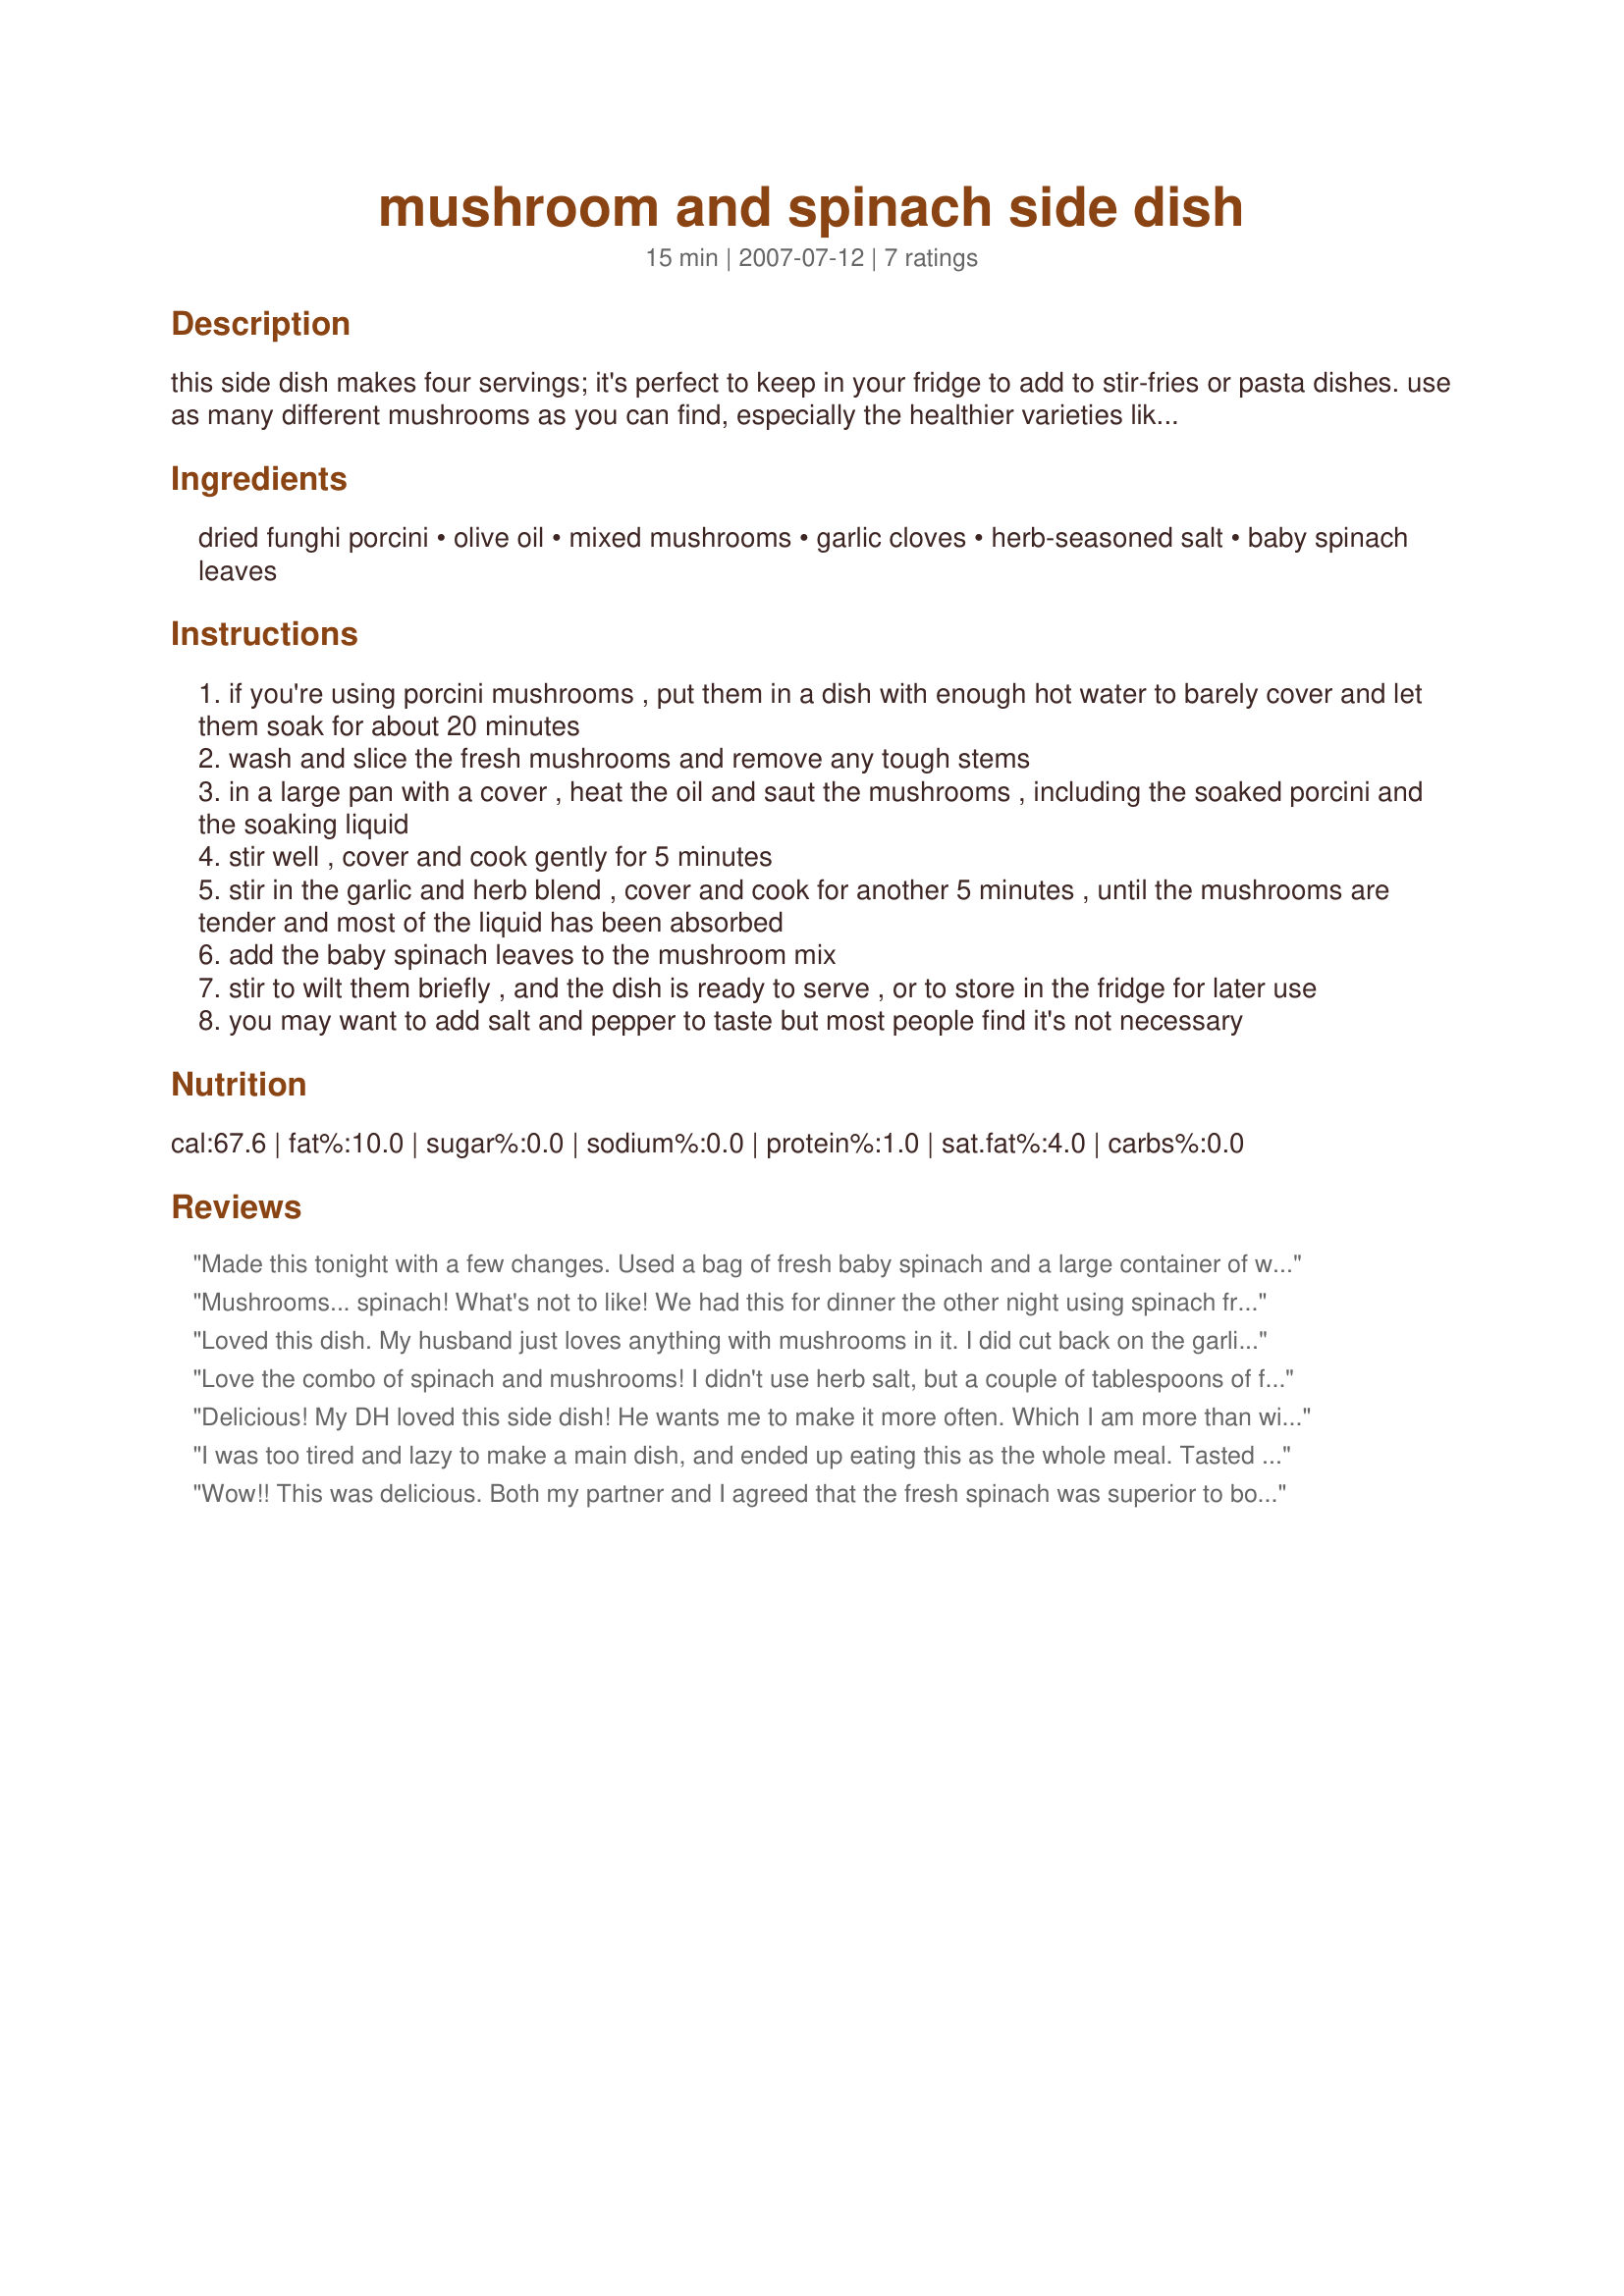
mushroom and spinach side dish
Preparation time: 15 minutes

this side dish makes four servings; it's perfect to keep in your fridge to add to stir-fries or pasta dishes. use as many different mushrooms as you can find, especially the healthier varieties like shiitake, enoki and oyster mushrooms. the dried porcini or cepes really add a lot of flavor. you'll find them in little packages near the produce stands. this recipe was a dr weils recipe of the day !

Ingredients:
dried funghi porcini, olive oil, mixed mushrooms, garlic cloves, herb-seasoned salt, baby spinach leaves

Steps:
if you're using porcini mushrooms , put them in a dish with enough hot water to barely cover and let them soak for about 20 minutes
wash and slice the fresh mushrooms and remove any tough stems
in a large pan with a cover , heat the oil and saut the mushrooms , including the soaked porcini and the soaking liquid
stir well , cover and cook gently for 5 minutes
stir in the garlic and herb blend , cover and cook for another 5 minutes , until the mushrooms are tender and most of the liquid has been absorbed
add the baby spinach leaves to the mushroom mix
stir to wilt them briefly , and the dish is ready to serve , or to store in the fridge for later use
you may want to add salt and pepper to taste but most people find it's not necessary

Reviews:
Made this tonight with a few changes. Used a bag of fresh baby spinach and a large container of white mushrooms, didn't check amounts because I needed to use these things up. Doubled the garlic, as we do in just about every recipe, because we are all garlic lovers in this house. Turned out great. DD gave it a 3 star but it was expected, it is spinach after all. But we didn't need to fight w/her to eat it and that says a lot. Thanks for a wonderful side to our meal.
Mushrooms... spinach! What's not to like! We had this for dinner the other night using spinach from our garden. We will definitely fix this again. Thank you so much for a tasty recipe! I just happened to have dried Porcini on hand, and olive oil and garlic keep use happy and healthy. It was wonderful. Thank you. We will make this again. Made for Spring 2008 PAC.
Loved this dish. My husband just loves anything with mushrooms in it. I did cut back on the garlic as he was heading into work. My local supermarket didn't have dried porcini, so I used chantrelles. Came together very quickly and is one of those perfect side dishes. :)
Love the combo of spinach and mushrooms! I didn't use herb salt, but a couple of tablespoons of fresh cilantro and sliced green onions-yum!
Delicious! My DH loved this side dish! He wants me to make it more often. Which I am more than willing to as long as I have the garlic and mushrooms on hand!! This is very easy to prepare. A wonderful side dish we had we our sunday ham. Thanks for posting this recipe!
I was too tired and lazy to make a main dish, and ended up eating this as the whole meal. Tasted yummy. (Wouldn't recommend making it the whole meal to anyone though--it sat kinda heavy as the only thing in my stomach.) I didn't have herb-seasoned salt on hand, so I used ~1/4+ t salt and 3/4 t of an herb blend that was in the cupboard. Next time I have mushroom-lovers over for dinner, I'll probably make this as part of the meal.
Wow!! This was delicious. Both my partner and I agreed that the fresh spinach was superior to both canned and frozen spinach. Wonderful, healthy side dish that only made two servings for the two of us (yea, we liked it that much). Served with balsamic vinegar on the side (which also helps with absorption of the iron in the spinach). Also used McCormich Grill Seasoning for the herb salt.

Thanks!
